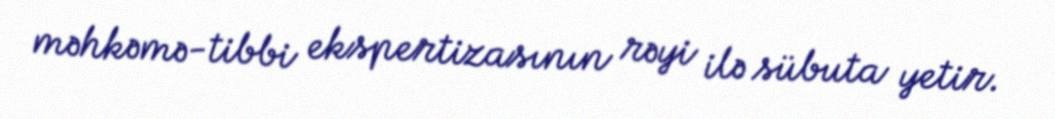
məhkəmə-tibbi ekspertizasının rəyi ilə sübuta yetir.